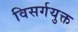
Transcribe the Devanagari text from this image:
विसर्गयुक्त